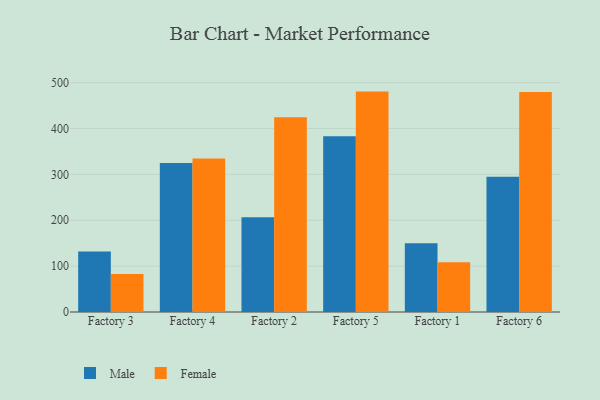
{"axis": {"x": "Factory", "y": "Gross Profit (USD K)"}, "legend": ["Female", "Male"], "data": [{"x": "Factory 3", "y": 131.6, "type": "Male"}, {"x": "Factory 3", "y": 82.9, "type": "Female"}, {"x": "Factory 4", "y": 324.7, "type": "Male"}, {"x": "Factory 4", "y": 334.5, "type": "Female"}, {"x": "Factory 2", "y": 206.3, "type": "Male"}, {"x": "Factory 2", "y": 424.7, "type": "Female"}, {"x": "Factory 5", "y": 383.1, "type": "Male"}, {"x": "Factory 5", "y": 480.4, "type": "Female"}, {"x": "Factory 1", "y": 149.7, "type": "Male"}, {"x": "Factory 1", "y": 108.6, "type": "Female"}, {"x": "Factory 6", "y": 294.6, "type": "Male"}, {"x": "Factory 6", "y": 479.6, "type": "Female"}]}